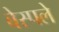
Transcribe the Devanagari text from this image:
बेस्पले